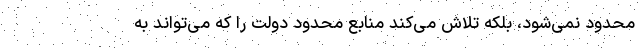
محدود نمی‌شود، بلکه تلاش می‌کند منابع محدود دولت را که می‌تواند به